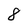
Character: 8